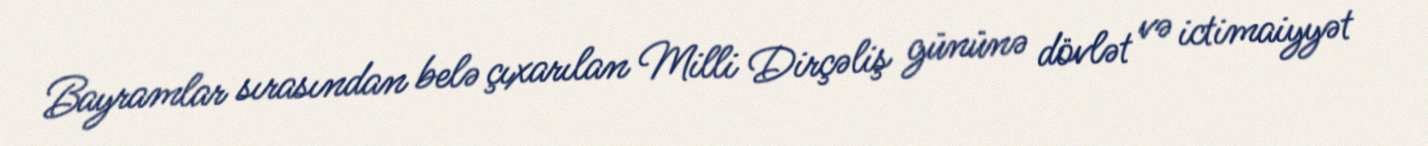
Bayramlar sırasından belə çıxarılan Milli Dirçəliş gününə dövlət və ictimaiyyət